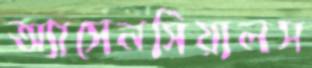
অ্যাসেনসিয়ালস